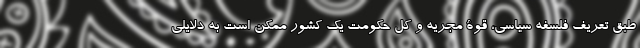
طبق تعریف فلسفه سیاسی، قوۀ مجریه و کل حکومت یک کشور ممکن است به دلایلی